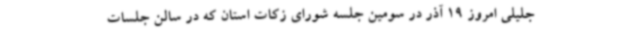
جلیلی امروز 19 آذر در سومین جلسه شورای زکات استان که در سالن جلسات